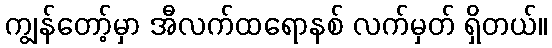
ကျွန်တော့်မှာ အီလက်ထရောနစ် လက်မှတ် ရှိတယ်။